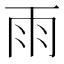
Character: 雨